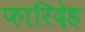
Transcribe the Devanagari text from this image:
फारिदेह